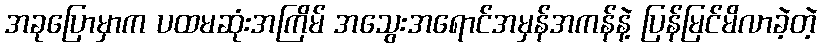
အခုပြောမှာက ပထမဆုံးအကြိမ် အသွေးအရောင်အမှန်အကန်နဲ့ ပြန်မြင်မိလာခဲ့တဲ့